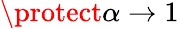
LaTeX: \protect\alpha\rightarrow 1